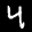
Label: 4